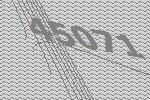
45071